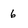
Character: 6